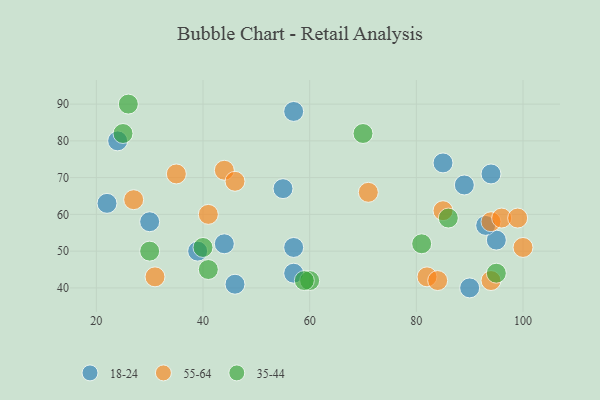
{"axis": {"x": "GDP", "y": "Life Expectancy"}, "legend": ["18-24", "35-44", "55-64"], "data": [{"x": "95", "y": 53, "type": "18-24"}, {"x": "89", "y": 68, "type": "18-24"}, {"x": "39", "y": 50, "type": "18-24"}, {"x": "24", "y": 80, "type": "18-24"}, {"x": "46", "y": 41, "type": "18-24"}, {"x": "85", "y": 74, "type": "18-24"}, {"x": "57", "y": 44, "type": "18-24"}, {"x": "90", "y": 40, "type": "18-24"}, {"x": "94", "y": 71, "type": "18-24"}, {"x": "93", "y": 57, "type": "18-24"}, {"x": "44", "y": 52, "type": "18-24"}, {"x": "57", "y": 88, "type": "18-24"}, {"x": "55", "y": 67, "type": "18-24"}, {"x": "22", "y": 63, "type": "18-24"}, {"x": "30", "y": 58, "type": "18-24"}, {"x": "57", "y": 51, "type": "18-24"}, {"x": "31", "y": 43, "type": "55-64"}, {"x": "94", "y": 58, "type": "55-64"}, {"x": "96", "y": 59, "type": "55-64"}, {"x": "35", "y": 71, "type": "55-64"}, {"x": "41", "y": 60, "type": "55-64"}, {"x": "82", "y": 43, "type": "55-64"}, {"x": "99", "y": 59, "type": "55-64"}, {"x": "94", "y": 42, "type": "55-64"}, {"x": "100", "y": 51, "type": "55-64"}, {"x": "44", "y": 72, "type": "55-64"}, {"x": "27", "y": 64, "type": "55-64"}, {"x": "71", "y": 66, "type": "55-64"}, {"x": "46", "y": 69, "type": "55-64"}, {"x": "84", "y": 42, "type": "55-64"}, {"x": "85", "y": 61, "type": "55-64"}, {"x": "86", "y": 59, "type": "35-44"}, {"x": "60", "y": 42, "type": "35-44"}, {"x": "41", "y": 45, "type": "35-44"}, {"x": "70", "y": 82, "type": "35-44"}, {"x": "59", "y": 42, "type": "35-44"}, {"x": "25", "y": 82, "type": "35-44"}, {"x": "95", "y": 44, "type": "35-44"}, {"x": "81", "y": 52, "type": "35-44"}, {"x": "26", "y": 90, "type": "35-44"}, {"x": "30", "y": 50, "type": "35-44"}, {"x": "40", "y": 51, "type": "35-44"}]}